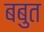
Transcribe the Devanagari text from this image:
बबुत